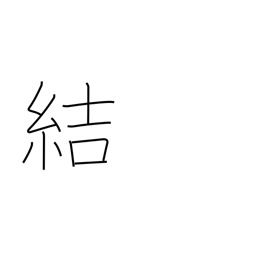
Meaning: contract